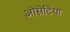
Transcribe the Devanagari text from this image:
ओसेटिया